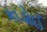
કાડોઈ